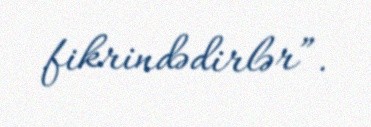
fikrindədirlər”.